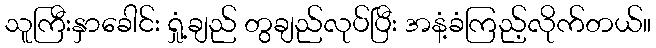
သူကြီးနှာခေါင်း ရှုံ့ချည် တွချည်လုပ်ပြီး အနံ့ခံကြည့်လိုက်တယ်။